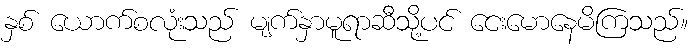
နှစ် ယောက်စလုံးသည် မျက်နှာမူရာဆီသို့ပင် ငေးမောနေမိကြသည်။